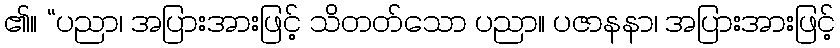
၏။ “ပညာ၊ အပြားအားဖြင့် သိတတ်သော ပညာ။ ပဇာနနာ၊ အပြားအားဖြင့်